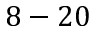
8 - 2 0